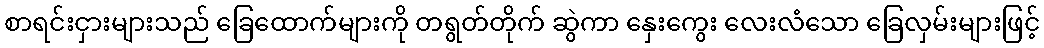
စာရင်းငှားများသည် ခြေထောက်များကို တရွတ်တိုက် ဆွဲကာ နှေးကွေး လေးလံသော ခြေလှမ်းများဖြင့်